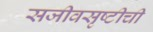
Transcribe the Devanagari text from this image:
सजीवसृष्टीची